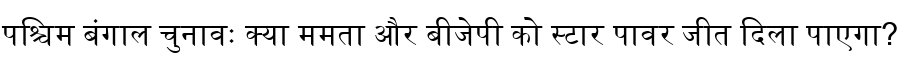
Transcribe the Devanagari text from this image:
पश्चिम बंगाल चुनावः क्या ममता और बीजेपी को स्टार पावर जीत दिला पाएगा?